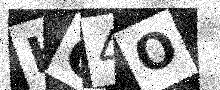
Text: HG4O